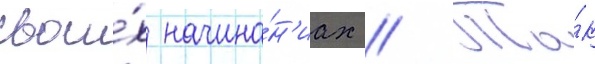
свои́х начина́н'иах // Та́к